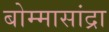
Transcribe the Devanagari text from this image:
बोम्मासांद्रा